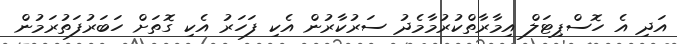
އަދި އެ ހޮސްޕިޓަލް އިމާރާތްކުރުމާމެދު ސަރުކާރުން އެކި ފަހަރު އެކި ގޮތަށް ހަބަރުފަތުރަމުން